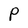
Character: P